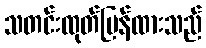
သတင်းထုတ်ပြန်ထားသည်